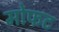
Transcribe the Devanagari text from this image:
मोफट